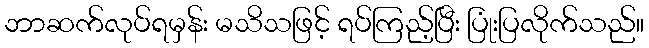
ဘာဆက်လုပ်ရမှန်း မသိသဖြင့် ရပ်ကြည့်ပြီး ပြုံးပြလိုက်သည်။